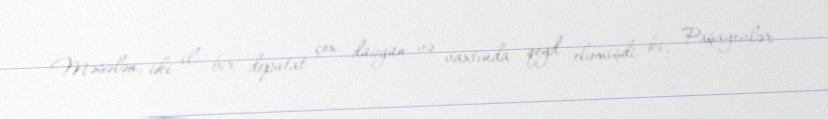
Məsələn, iki il bir deputat çox düzgün və vaxtında qeyd eləmişdi ki, Paşayevlər